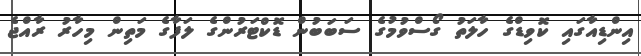
އިންޑިއާގައި ކޮވިޑްގެ ހާލަތު ގޯސްވުމުގެ ސަބަބުން ޑޮކްޓަރުންގެ ލަފާގެ މަތިން މިހާރު ރާއްޖެ